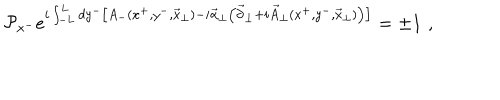
{ \cal P } _ { x ^ { - } } e ^ { i \int _ { - L } ^ { L } d y ^ { - } \big [ A _ { - } ( x ^ { + } , y ^ { - } , { \vec { x } } _ { \perp } ) - i { \vec { \alpha } } _ { \perp } \big ( { \vec { \partial } } _ { \perp } + i { \vec { A } } _ { \perp } ( x ^ { + } , y ^ { - } , { \vec { x } } _ { \perp } ) \big ) \big ] } = \pm 1 \, \, ,